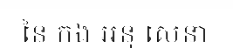
នៃ កង អនុ សេនា